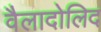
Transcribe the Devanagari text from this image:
वैलादोलिद